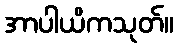
အာပါယိကသုတ်။